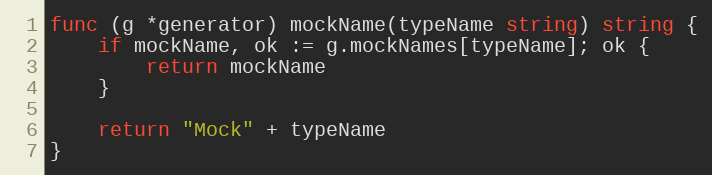
Language: Go
func (g *generator) mockName(typeName string) string {
	if mockName, ok := g.mockNames[typeName]; ok {
		return mockName
	}

	return "Mock" + typeName
}